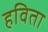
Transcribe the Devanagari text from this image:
हविता